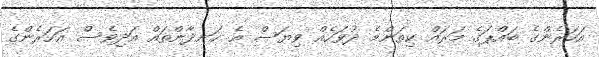
އަހަރެންގެ ބައްޕަގެ މަރައް ކިތަންމެ ދުވަހެއް ވިޔަސް އެ ހަނދާންތައް އަދިވެސް އަހަރެންގެ